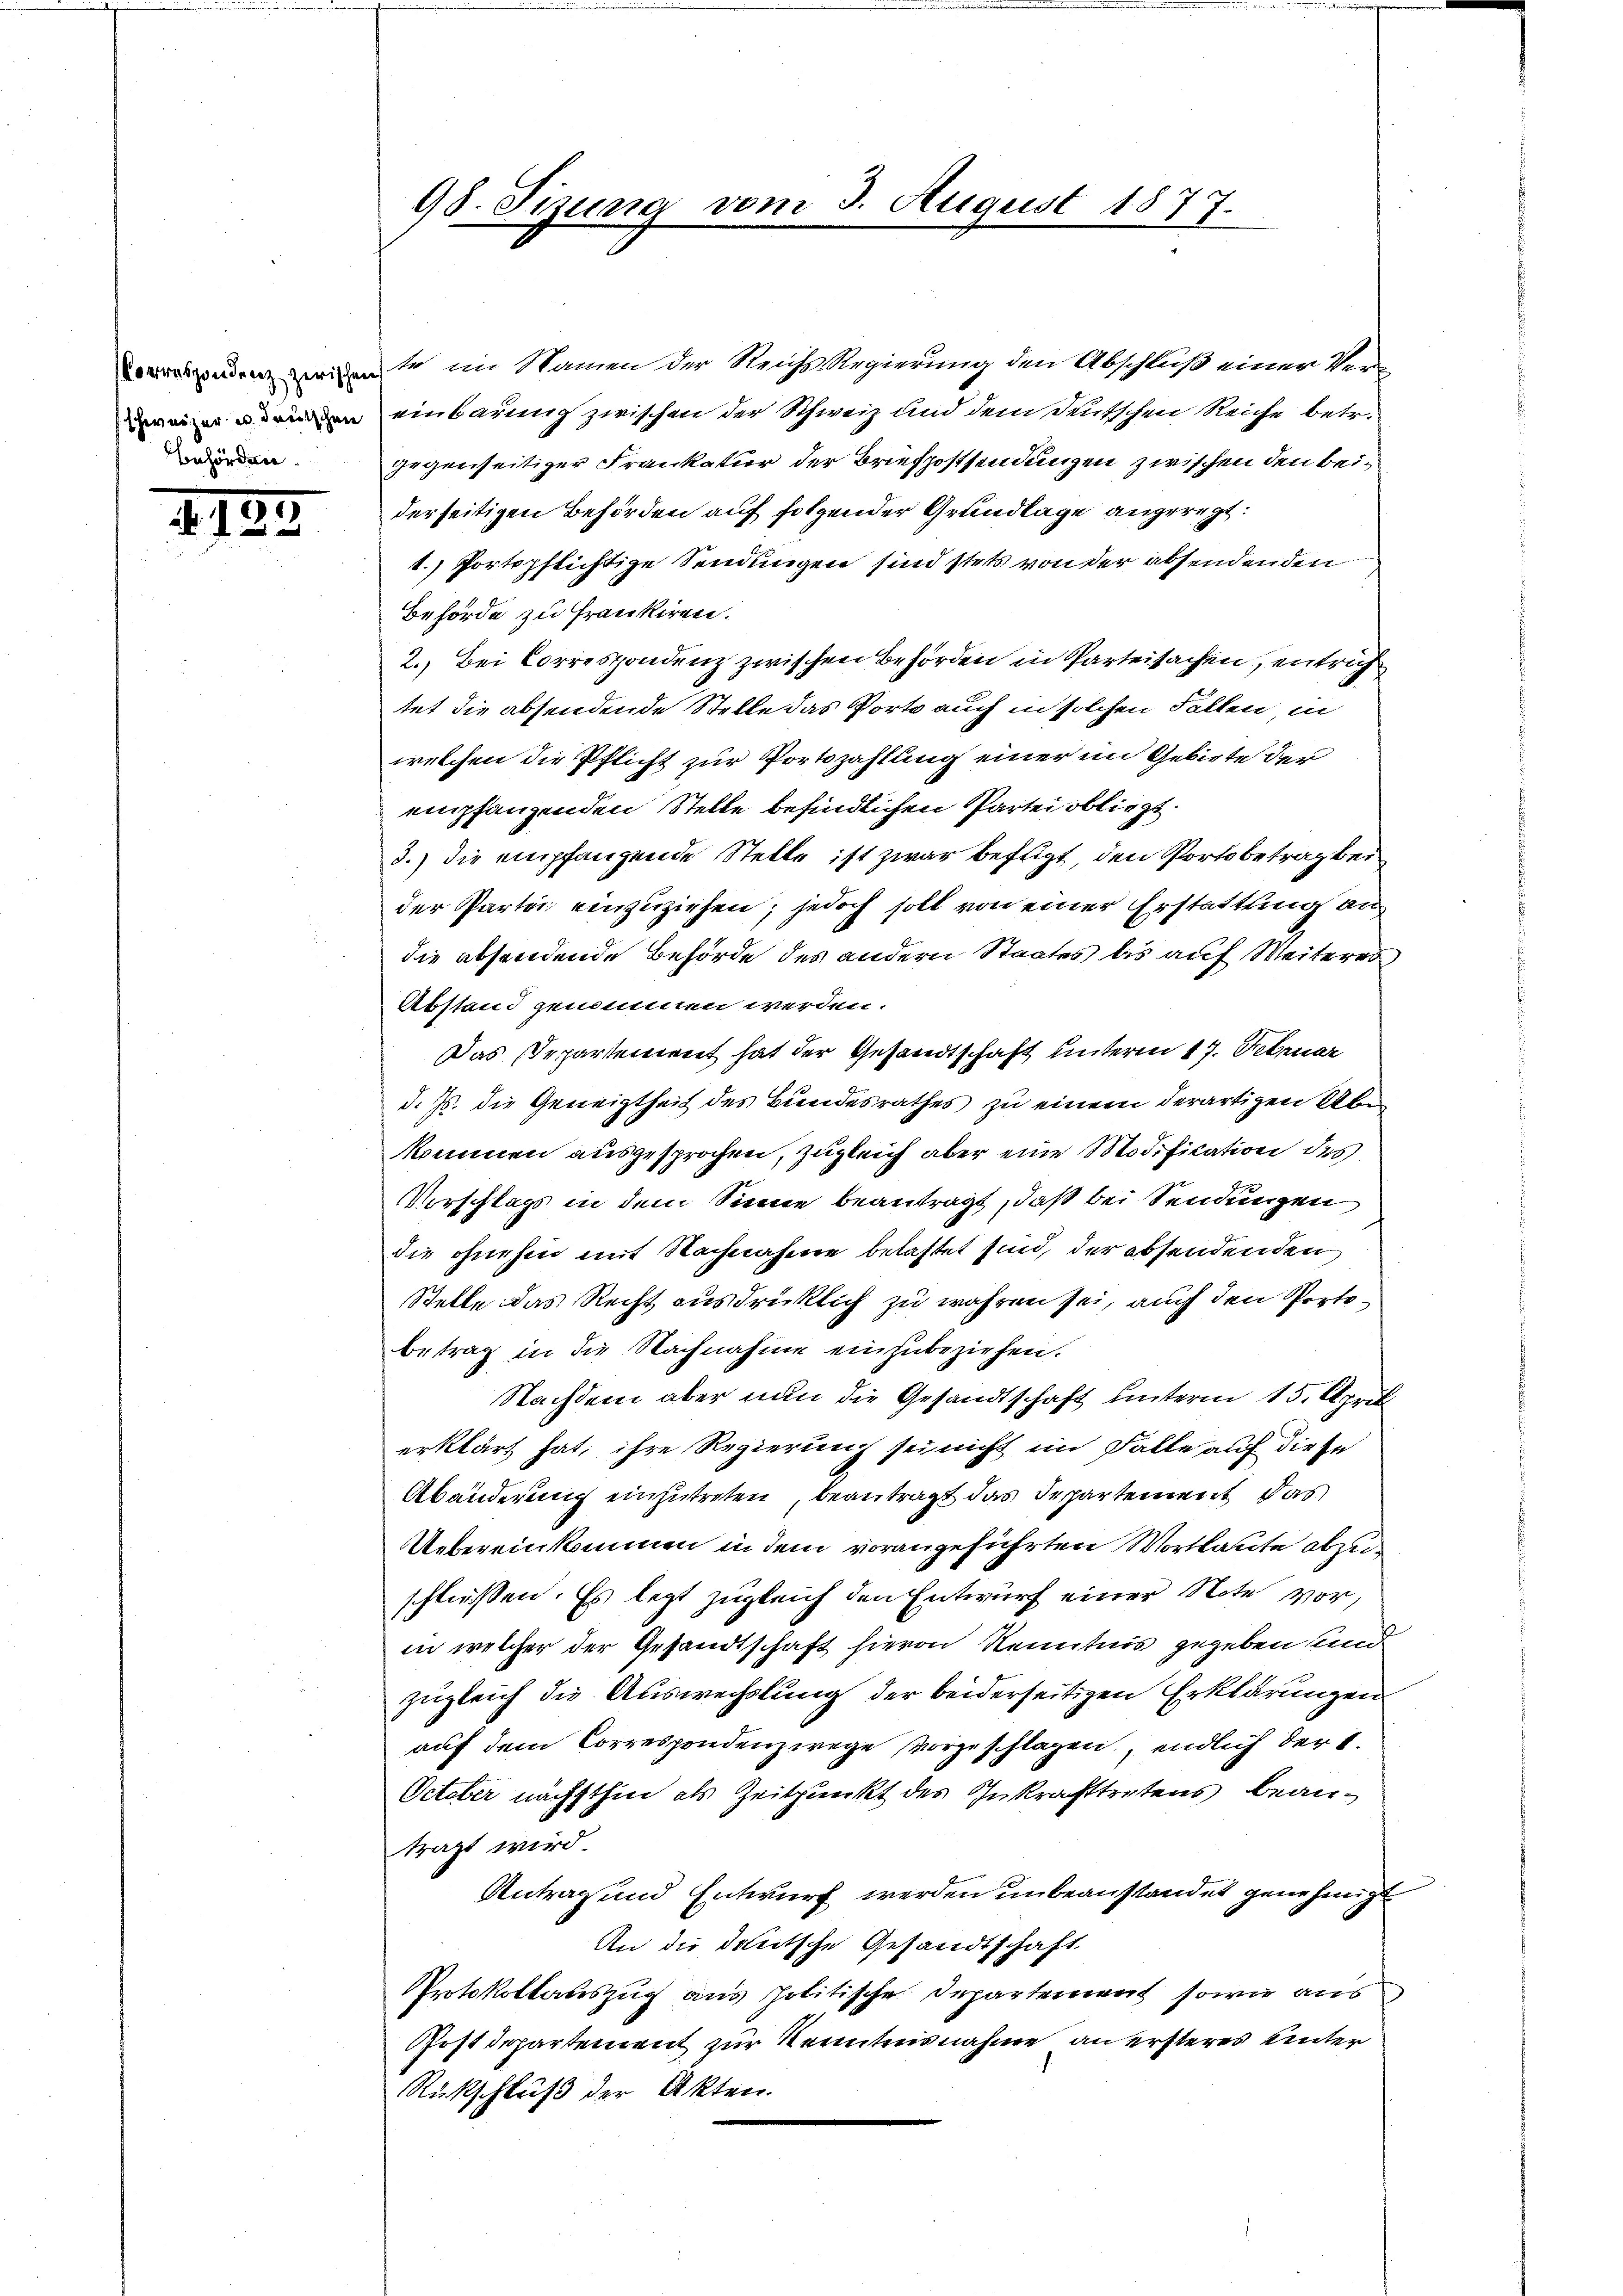
Behörden.

2123.

98. Sizung vom 3. August 1877.

e idente im Namen der Reichs-Regierung den Abschluß einer Vereinbarung zwischen der Schweiz und dem Deutschen Reiche betr.
gegenseitiger Frankatur der Briefpostsendungen zwischen den beiderseitigen Behörden auf folgender Grundlage angeregt:
1. Portspflichtige Sendungen sind stets von der absendenden
Behörde zu frankiren.
2. Bei Correspondenz zwischen Behörden in Parteisachen, entrichtet die absendende Stelle das Porto auch in solchen Fallen, in
welchen die Pflicht zur Portozahlung einer im Gebiete der
empfanzenden Stelle befindlichen Partei obliegt.
3.) die empfanzende Stelle ist zwar befugt, den Portobetrag bei
der Partei einzuziehen; jedoch soll von einer Erstattung au
die absendende Behörde des andern Staates bis auf Weiteres,
Abstand genommen werden.
Das Departement hat der Gesandtschaft unterm 17. Februar
d. Js. die Geneigtheit des Bundesrathes zu einem derartigen Über
kommen ausgesprochen, zugleich aber eine Modifikation des
Vorschlags in dem Sinne beantragt, daß bei Sendungen
die ohnehin mit Nachnahme belastet sind, der absendenden
Stelle das Recht ausdrücklich zu währen sei, auch den Portebetrag in die Nachnahme einzubeziehen.
Nachdem aber nun die Gesandtschaft unterm 15. April
erklärt hat, ihre Regierung sei nicht im Falle auf diese
Abänderung einzutreten, beantragt das Departement das
Uebereinkommen in dem vorangeführten Wortlaute abzuschließen. Es legt zugleich den Entwurf einer Note vor,
in welcher der Gesandtschaft hievon Kenntnis gegeben und
zugleich die Auswechslung der beiderseitigen Erklärungen
auf dem Correspondenz wege vorzuschlagen, endlich der 1.
October nächsthin als Zeitpunkt des Inkrafttretens beantragt wird.
Antrag und Entwurf werden unbeanstandet genehmigt
An die deutsche Gesandtschaft
Protokollauszug aus politische Departement sowie aus
Postdepartement zur Kenntnisnahme an ersteres unter
Rückschluß der Akten.